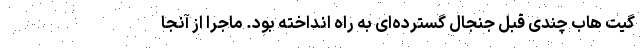
گیت هاب چندی قبل جنجال گسترده‌ای به راه انداخته بود. ماجرا از آنجا